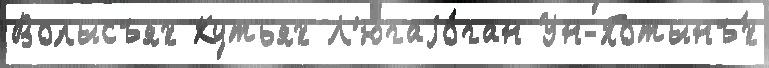
Волысъях Кутьях Л'югаjо́ган Ун-Потынъ́х